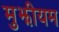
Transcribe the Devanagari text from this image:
मुझीयम